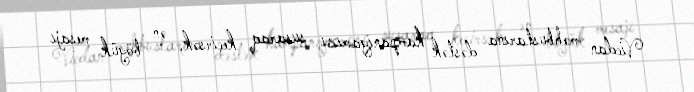
Vicdan məhbuslarına dəstək kampaniyamızı susaraq keçirsək, ən böyük mesajı